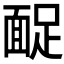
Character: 𩈤